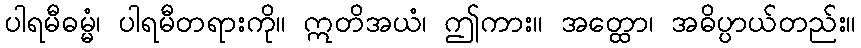
ပါရမီဓမ္မံ၊ ပါရမီတရားကို။ ဣတိအယံ၊ ဤကား။ အတ္ထော၊ အဓိပ္ပာယ်တည်း။